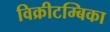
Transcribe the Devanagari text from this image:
विक्रीटम्बिका